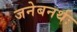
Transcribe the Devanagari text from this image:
जनेबनर्थः